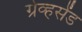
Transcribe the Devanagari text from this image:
ग्रेव्हसेंड